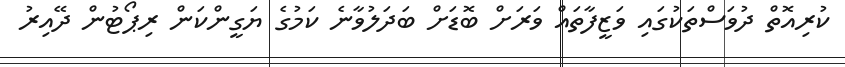
ކުރިއޮތް ދުވަސްތަކުގައި ވަޒީފާތައް ވަރަށް ބޮޑަށް ބަދަލުވާނެ ކަމުގެ ޔަގީންކަން ރިޕޯޓުން ދޭއިރު